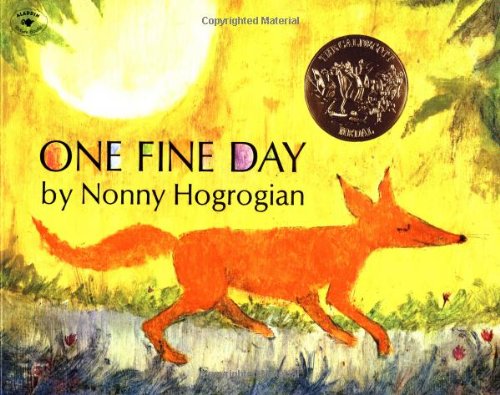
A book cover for One Fine Day; Nonny Hogrogian; Children's Books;